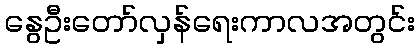
နွေဦးတော်လှန်ရေးကာလအတွင်း